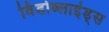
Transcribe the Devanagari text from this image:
विंडोब्लाइंड्स